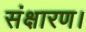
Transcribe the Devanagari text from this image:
संक्षारण।